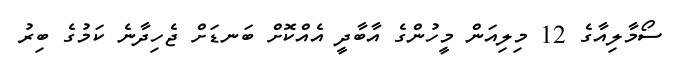
ސޯމާލިއާގެ 12 މިލިއަން މީހުންގެ އާބާދީ އެއްކޮށް ބަނޑަށް ޖެހިދާނެ ކަމުގެ ބިރު